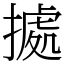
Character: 㨿